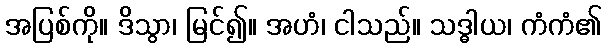
အပြစ်ကို။ ဒိသွာ၊ မြင်၍။ အဟံ၊ ငါသည်။ သဒ္ဓါယ၊ ကံကံ၏